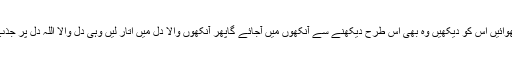
دوسرا طریقہ زیرو کے بلب پر زرد رنگ سے اللہ لکھوائیں اُس کو دیکھیں وہ بھی اس طرح دیکھنے سے آنکھوں میں آجائے گاپھر آنکھوں والا دل میں اُتار لیں وہی دل والا اللہ دل پر جذب ہو جائے گاپھر ہر دل کی دھڑکنیں اللہ اللہ کہیں گے۔